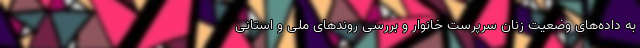
به داده‌های وضعیت زنان سرپرست خانوار و بررسی روندهای ملی و استانی